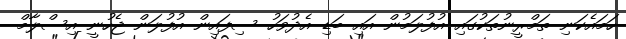
ހަމައެކަނި ތަމްރީނުތަކުގައި އުފުލަމުން އައި ބަޑި އެދުވަހު ސިފައިން އުފުލަން ޖެހުނީ އިސްލާމް